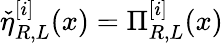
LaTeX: \check{\eta}_{R,L}^{[i]}(x)=\Pi_{R,L}^{[i]}(x)